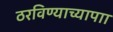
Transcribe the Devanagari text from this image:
ठरविण्याच्यापाा